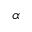
\alpha